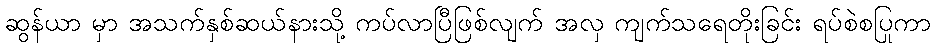
ဆွန်ယာ မှာ အသက်နှစ်ဆယ်နားသို့ ကပ်လာပြီဖြစ်လျက် အလှ ကျက်သရေတိုးခြင်း ရပ်စဲစပြုကာ